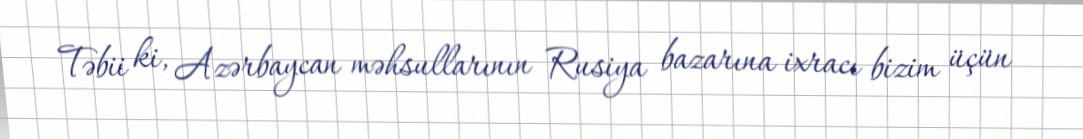
Təbii ki, Azərbaycan məhsullarının Rusiya bazarına ixracı bizim üçün